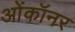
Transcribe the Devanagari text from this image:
ओंकॉनर